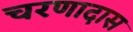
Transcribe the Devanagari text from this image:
चरणादास